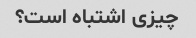
چیزی اشتباه است؟